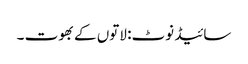
سائیڈ نوٹ: لاتوں کے بھوت ۔